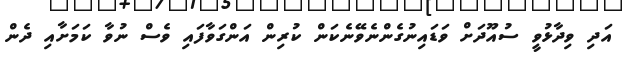
އަދި ވިދާޅުވީ ސުއޫދަށް ވަޑައިނުގެންނެވޭނެކަން ކުރިން އަންގަވާފައި ވެސް ނުވާ ކަމަށާއި ދެން